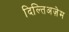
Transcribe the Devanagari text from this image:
दिल्तिअज़ेम